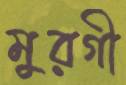
মুরগী